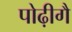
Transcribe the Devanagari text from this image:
पोढ़ीगै